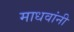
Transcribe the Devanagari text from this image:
माधवांनी